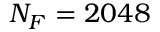
N _ { F } = 2 0 4 8